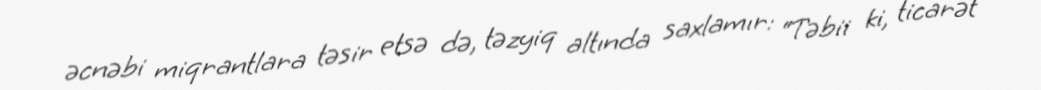
əcnəbi miqrantlara təsir etsə də, təzyiq altında saxlamır: “Təbii ki, ticarət